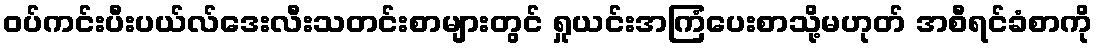
ဝပ်ကင်းပီးပယ်လ်ဒေးလီးသတင်းစာများတွင် ရှုယင်းအကြံပေးစာသို့မဟုတ် အစီရင်ခံစာကို